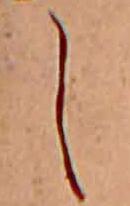
し